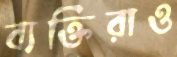
ব্যক্তিরাও